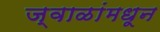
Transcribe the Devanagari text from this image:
ज्वाळांमधून